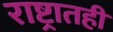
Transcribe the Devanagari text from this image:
राष्ट्रातही